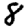
Digit: 8